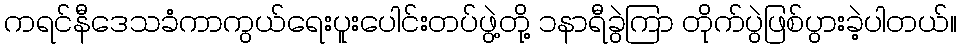
ကရင်နီဒေသခံကာကွယ်ရေးပူးပေါင်းတပ်ဖွဲ့တို့ ၁နာရီခွဲကြာ တိုက်ပွဲဖြစ်ပွားခဲ့ပါတယ်။